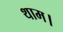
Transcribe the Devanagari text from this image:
थाम।